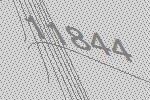
11844